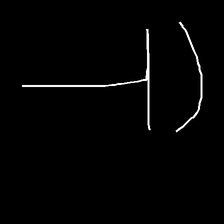
Glyph: dispersion